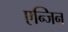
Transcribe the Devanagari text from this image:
एन्जिन